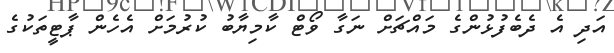
އަދި އެ ދެބެފުޅުންގެ މައްޗަށް ނަގާ ވޯޓް ކާމިޔާބު ކުރުމަށް އެހެން ޕާޓީތަކުގެ